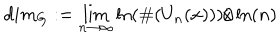
LaTeX: d i m _ { G } : = \lim _ { n \to \infty } \ln ( \# ( U _ { n } ( x ) ) ) / \ln ( n )